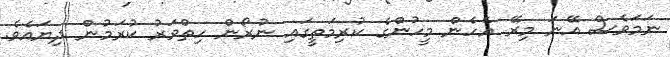
ނަމަވެސް އޭނަ މިރޭ އެހެން މީހުންގެ ކުރިމަތީގައި ނުރޯން ހިތްވަރު ކުރަމުން ދިޔައެވެ.